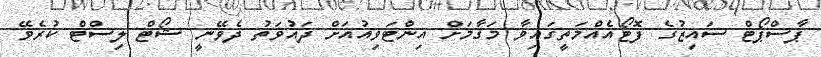
ޕާސްޕޯޓް ސައިޒުގެ ފޮޓޯއެއްމަތީގައިވާ މަޤާމަށް އިންޓަވިއުއަށް ދައުވަތު ދެވޭނީ ޝޯޓް ލިސްޓް ކުރެވޭ